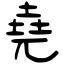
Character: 堯